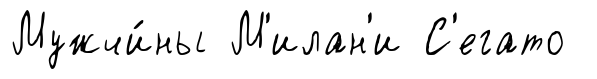
Мужчи́ны М'илан'и С'егато